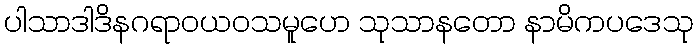
ပါသာဒါဒိနဂရာဝယဝသမူဟေ သုသာနတော နာမိကပဒေသု